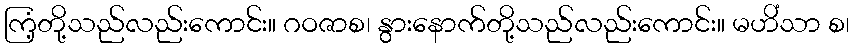
ကြံ့တို့သည်လည်းကောင်း။ ဂဝဇာစ၊ နွားနောက်တို့သည်လည်းကောင်း။ မဟိံသာ စ၊